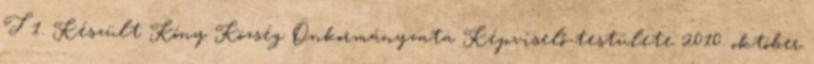
T 1. Készült Kóny Község Önkormányzata Képviselő-testülete 2010. október